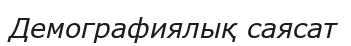
Демографиялық саясат